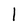
Character: 1